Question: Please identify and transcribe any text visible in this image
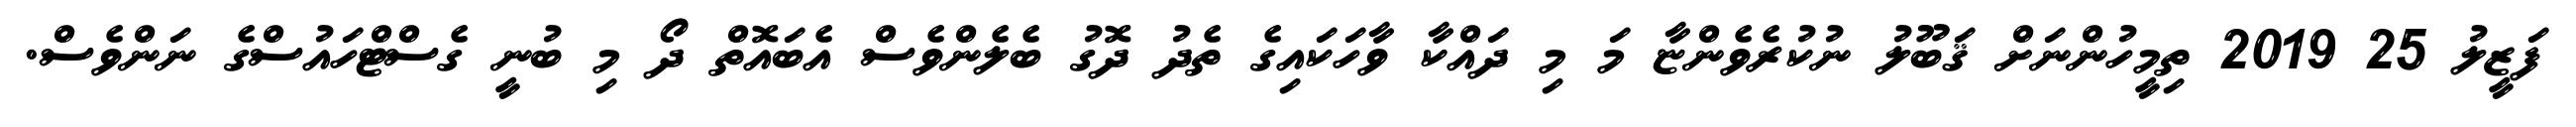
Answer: ފަޒީލު 25 2019 ތިމީހުންނަށް ޤަބޫލު ނުކުރެވެންޏާ މަ މި ދައްކާ ވާހަކައިގެ ތެދު ދޮގު ބެލެންވެސް އެބައޮތް ދޯ މި ބުނީ ގެސްޓްހައުސްގެ ނަންވެސް.